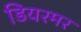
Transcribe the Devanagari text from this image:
डियरमर